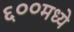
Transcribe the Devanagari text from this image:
६००मध्ये